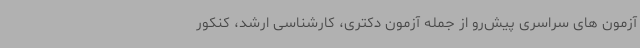
آزمون های سراسری پیش‌رو از جمله آزمون دکتری، کارشناسی ارشد، کنکور